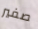
صفير